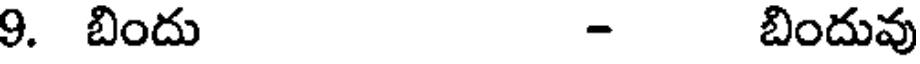
9. బిందు - బిందువు